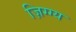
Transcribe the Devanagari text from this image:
ज़िग्ग्य